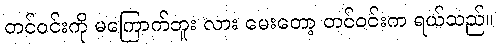
တင်ဝင်းကို မကြောက်ဘူး လား မေးတော့ တင်ဝင်းက ရယ်သည်။